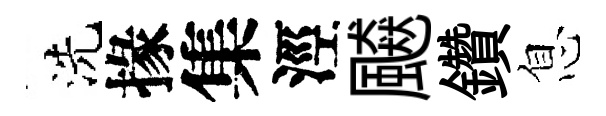
洗掾集涇飇鑽息